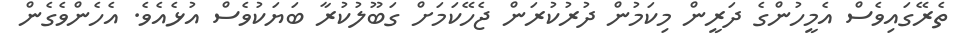
ތެރޭގައިވެސް އެމީހުންގެ ދަރީން މިކަމުން ދުރުކުރަން ޖެހޭކަމަށް ގަބޫލުކުރާ ބަޔަކުވެސް އުޅެއެވެ. އެހެންވެގެން